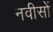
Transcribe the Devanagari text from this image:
नवीसों